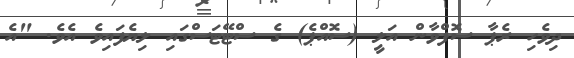
ދިވެހި ރެޕާ ސޮފްވާން އަލީ (ސޮއްޕެ) ގެ ސްޓޭޓަސްގައި ލިޔެފައިވެ އެވެ. "އެ